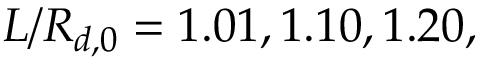
L / R _ { d , 0 } = 1 . 0 1 , 1 . 1 0 , 1 . 2 0 ,